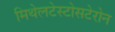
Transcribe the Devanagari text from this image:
मिथेलटेस्टोसटेरोन